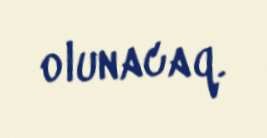
olunacaq.